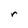
Character: r